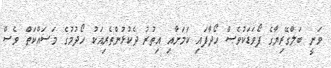
ވަނީ ބަލްގޭރިޔާގެ ފޯވަޑަކުވެސް ހޯދާފައި ކަމަށާއި އިތުރު ދެކުޅުންތެރިއަކު ހޯދުމުގެ މަސައްކަތް ވެސް